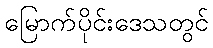
မြောက်ပိုင်းဒေသတွင်